Scientific memoirs by medical officers of the Army of India - Part III,
Year: 1887
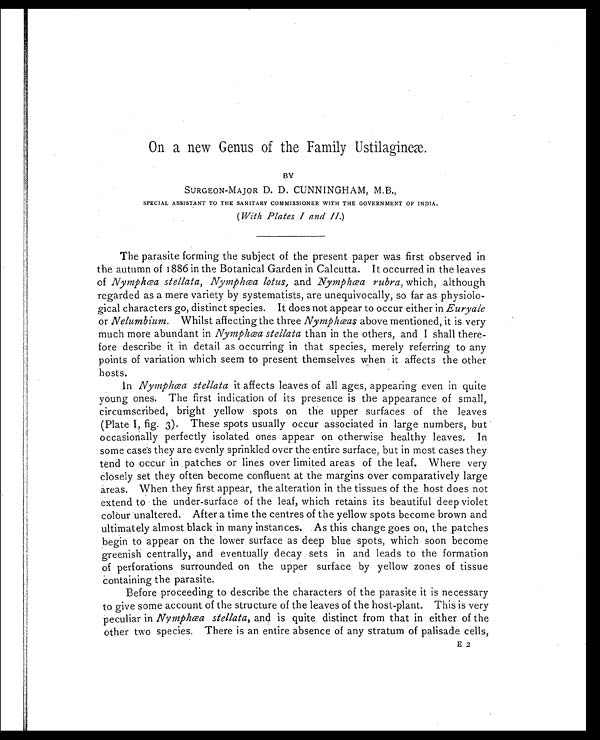
On a new Genus of the Family Ustilagineæ.
BY
SURGEON-MAJOR D. D. CUNNINGHAM, M.B.,
SPECIAL ASSISTANT TO THE SANITARY COMMISSIONER WITH THE GOVERNMENT OF INDIA.
(With Plates I and II.)
The parasite forming the subject of the present paper was first observed in
the autumn of 1886 in the Botanical Garden in Calcutta. It occurred in the leaves
of Nymphœa stellata, Nymphœa lotus, and Nymphœa rubra, which, although
regarded as a mere variety by systematists, are unequivocally, so far as physiolo
-gical characters go, distinct species. It does not appear to occur either in Euryale
or Nelumbium. Whilst affecting the three Nymphœas above mentioned, it is very
much more abundant in Nymphœa stellata than in the others, and I shall there
-fore describe it in detail as occurring in that species, merely referring to any
points of variation which seem to present themselves when it affects the other
hosts.
In Nymphœa stellata it affects leaves of all ages, appearing even in quite
young ones. The first indication of its presence is the appearance of small,
circumscribed, bright yellow spots on the upper surfaces of the leaves
(Plate I, fig. 3). These spots usually occur associated in large numbers, but
occasionally perfectly isolated ones appear on otherwise healthy leaves. In
some cases they are evenly sprinkled over the entire surface, but in most cases they
tend to occur in patches or lines over limited areas of the leaf. Where very
closely set they often become confluent at the margins over comparatively large
areas. When they first appear, the alteration in the tissues of the host does not
extend to the under-surface of the leaf, which retains its beautiful deep violet
colour unaltered. After a time the centres of the yellow spots become brown and
ultimately almost black in many instances. As this change goes on, the patches
begin to appear on the lower surface as deep blue spots, which soon become
greenish centrally, and eventually decay sets in and leads to the formation
of perforations surrounded on the upper surface by yellow zones of tissue
containing the parasite.
Before proceeding to describe the characters of the parasite it is necessary
to give some account of the structure of the leaves of the host-plant. This is very
peculiar in Nymphœa stellata, and is quite distinct from that in either of the
other two species. There is an entire absence of any stratum of palisade cells,
E 2